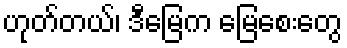
ဟုတ်တယ်၊ ဒီမြေက မြေစေးတွေ